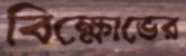
বিক্ষোভের